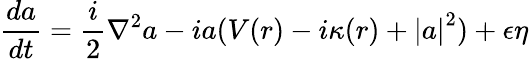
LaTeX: \frac{da}{dt}=\frac{i}{2}\nabla^{2}a-ia(V(r)-i\kappa(r)+\left|a\right|^{2})+\epsilon\eta